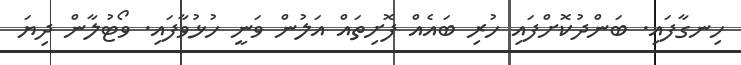
ހިނގާފައި. ބަންދުކޮށްފައި ހުރި ބައެއް ފޮށިތައް އަލުން ވަނީ ހުޅުވާފައި. ވޯޓުލާން ދިޔަ